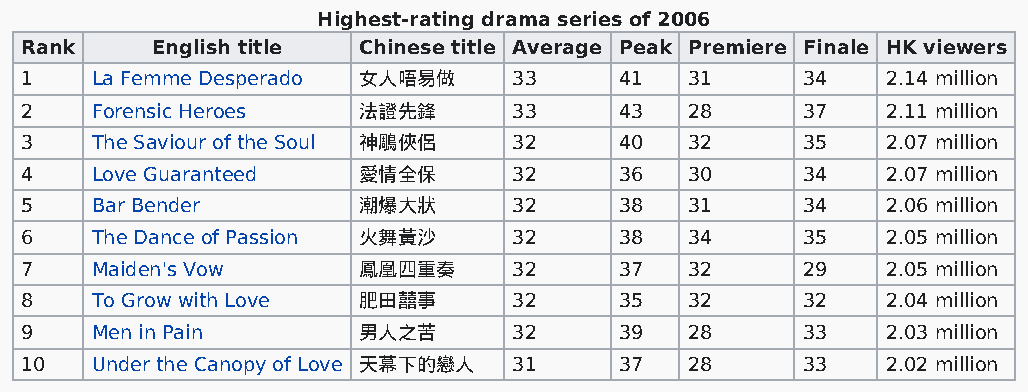
Highest-rating drama series of 2006
 Rank     English title Chinese title Average Peak Premiere Finale HK viewers
 1    La Femme Desperado 女人唔易做    33     41   31     34    2.14 million
 2    Forensic Heroes   法證先鋒      33     43   28     37    2.11 million
 3    The Saviour of the Soul 神鵰俠侶 32    40   32     35    2.07 million
 4    Love Guaranteed   愛情全保      32     36   30     34    2.07 million
 5    Bar Bender        潮爆大狀      32     38   31     34    2.06 million
 6    The Dance of Passion 火舞黃沙   32     38   34     35    2.05 million
 7    Maiden's Vow      鳳凰四重奏     32     37   32     29    2.05 million
 8    To Grow with Love 肥田囍事      32     35   32     32    2.04 million
 9    Men in Pain       男人之苦      32     39   28     33    2.03 million
 10   Under the Canopy of Love 天幕下的戀人 31 37   28     33    2.02 million